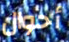
أحوال